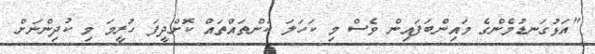
"އަޅުގަނޑުމެންގެ މައިންބަފައިން ވެސް މި ކަހަލަ ކަންތައްތައް ކޮށްދީފަ ހުރީމަ މި ކުދިންނަށް